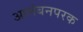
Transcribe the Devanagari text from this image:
आलंबनपरक